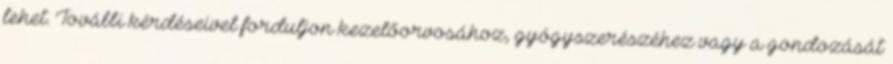
lehet. További kérdéseivel forduljon kezelőorvosához, gyógyszerészéhez vagy a gondozását